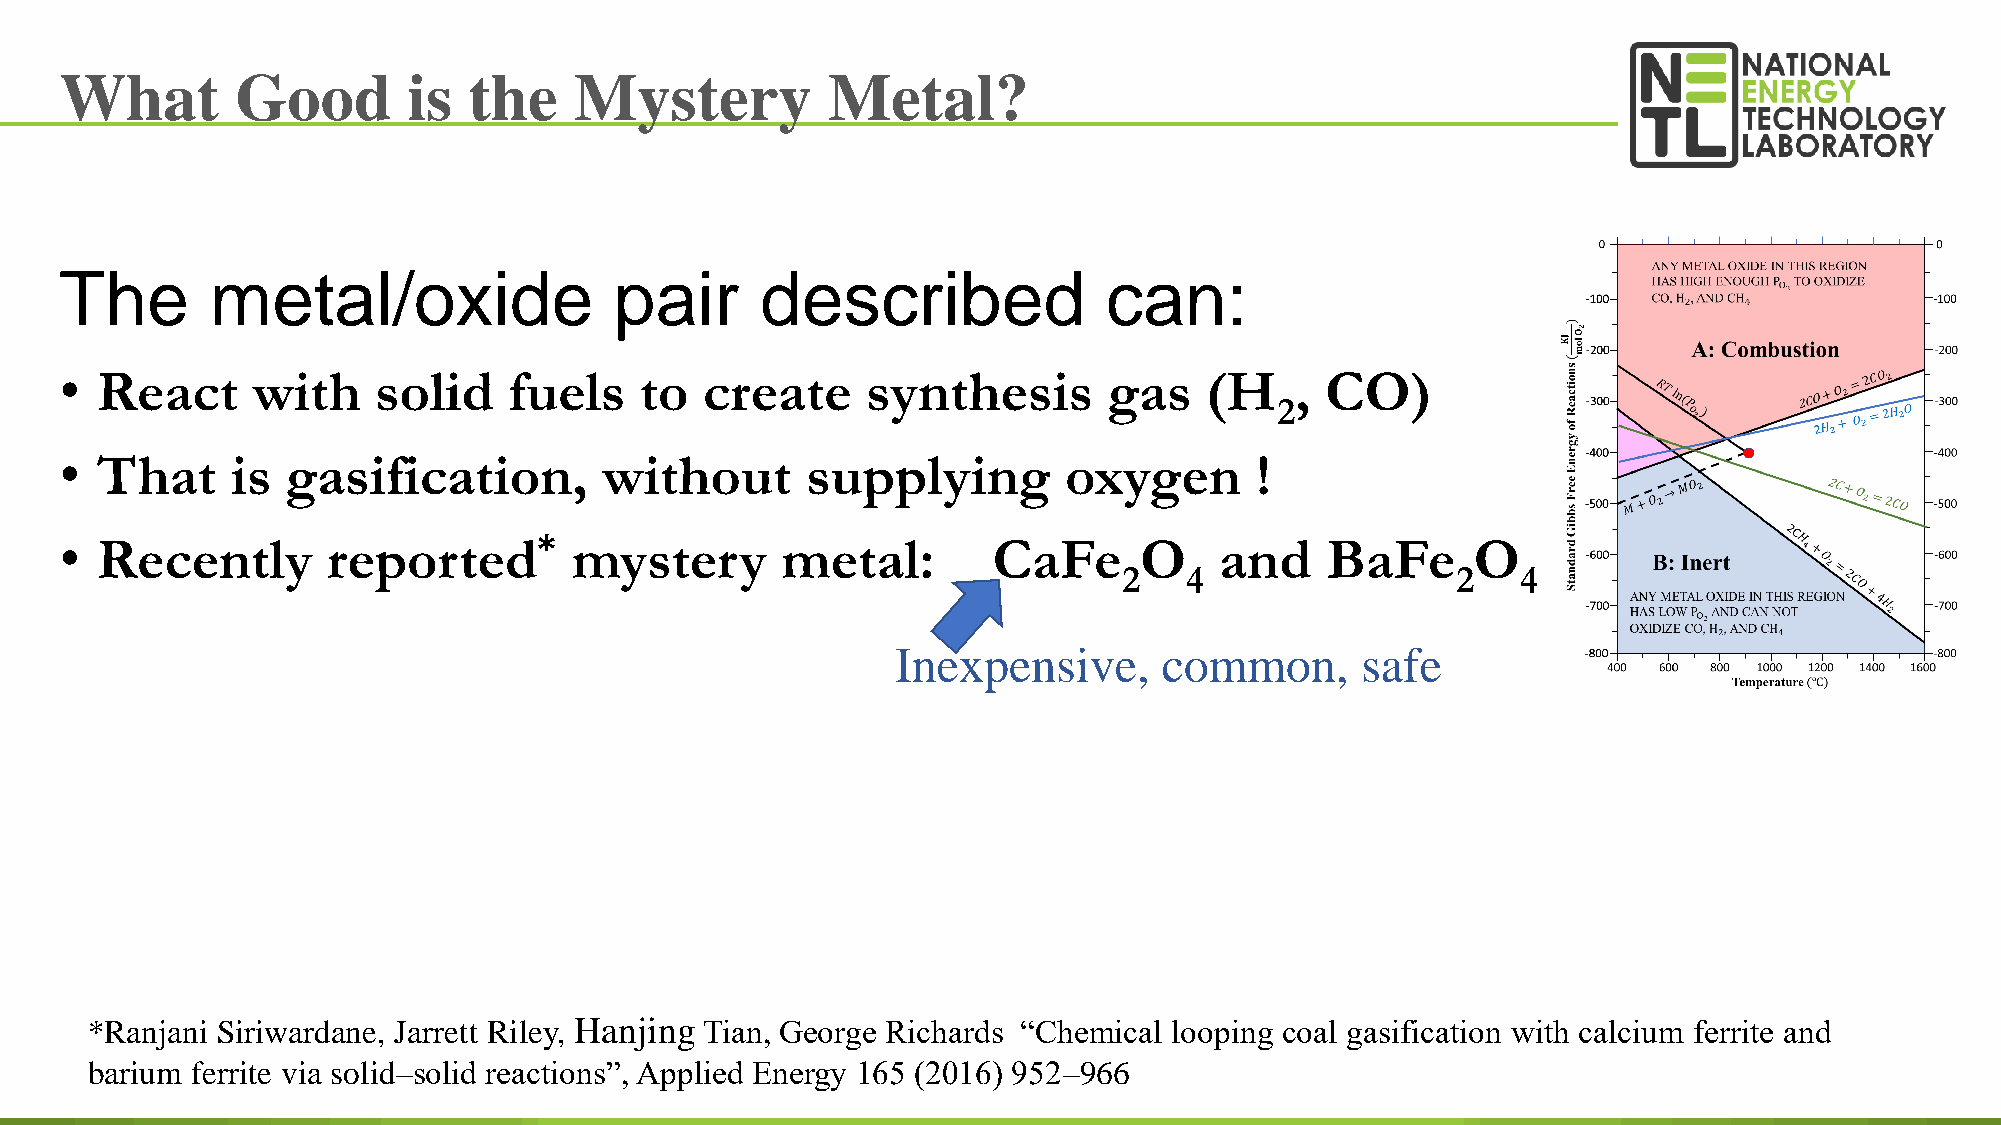
What        Good       is  the    Mystery          Metal?
 The       metal/oxide                pair     described              can:
 • React      with    solid    fuels   to   create    synthesis       gas    (H    , CO)
 2
 • That     is  gasification,        without      supplying        oxygen       !
 • Recently        reported*       mystery       metal:        CaFe     O     and    BaFe      O
 2   4                 2    4
 Inexpensive,      common,      safe
 *Ranjani Siriwardane, Jarrett Riley, Hanjing Tian, George Richards “Chemical looping coal gasification with calcium ferrite and
 barium ferrite via solid–solid reactions”, Applied Energy 165 (2016) 952–966                                           29